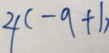
4 ( - 9 + 1 )